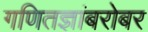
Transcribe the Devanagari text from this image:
गणितज्ञांबरोबर